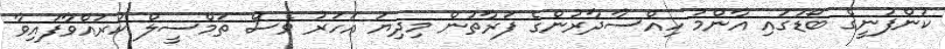
ކުންފުނީގެ ބޯޑުގައި އާންމު ހިއްސާދާރުންގެ ފަރާތުން މިދިޔަ އަހަރު ވެސް ތަމްސީލް ކުރައްވާފައިވާ